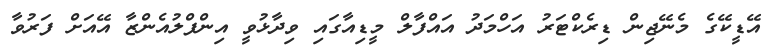
އޭޑީކޭގެ މެނޭޖިން ޑިރެކްޓަރު އަހްމަދު އައްފާލް މީޑިއާގައި ވިދާޅުވީ އިންފްލުއެންޒާ އޭއަށް ފަރުވާ